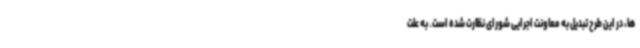
ها، در این طرح تبدیل به معاونت اجرایی شورای نظارت شده است. به علت